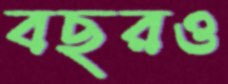
বছরও